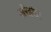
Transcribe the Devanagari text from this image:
अरेहांद्रो